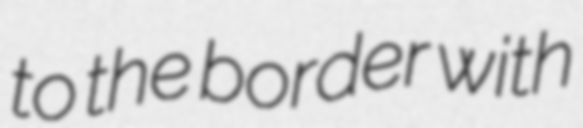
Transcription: to the border with